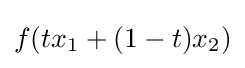
f(tx_{1}+(1-t)x_{2})